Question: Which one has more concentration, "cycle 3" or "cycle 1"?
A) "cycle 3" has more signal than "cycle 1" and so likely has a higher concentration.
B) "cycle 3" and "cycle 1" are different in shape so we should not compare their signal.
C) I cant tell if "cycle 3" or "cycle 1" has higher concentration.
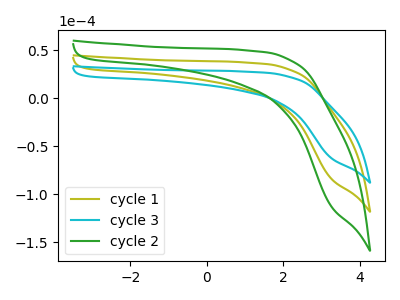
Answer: <think>The olive curve "cycle 1" has no peaks. The cyan curve "cycle 3" has no peaks. The green curve "cycle 2" has no peaks.
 Neither "cycle 3" or "cycle 1" have any peaks.</think>
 <answer>C) I cant tell if "cycle 3" or "cycle 1" has higher concentration.</answer>
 <eval>C</eval>